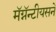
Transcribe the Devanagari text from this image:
मॅग्नॅन्टीयसने